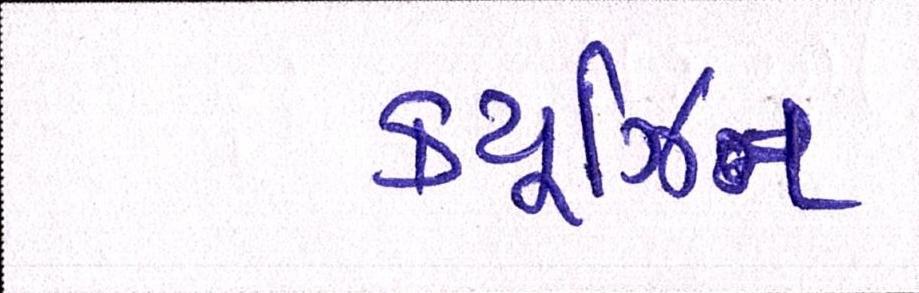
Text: ક્યૂઝિન